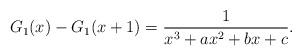
LaTeX: \begin{align*}G_1(x)-G_1(x+1)=\frac{1}{x^3 + a x^2 + b x + c}.\end{align*}